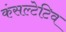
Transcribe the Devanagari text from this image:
कंसल्टेटिव